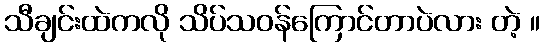
သီချင်းထဲကလို သိပ်သဝန်ကြောင်တာပဲလား တဲ့ ။